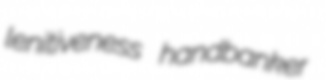
lenitiveness handbanker